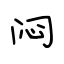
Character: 闷